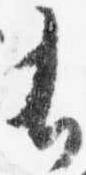
有